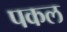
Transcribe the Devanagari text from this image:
पकल